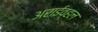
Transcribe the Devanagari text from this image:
अराईव्हल